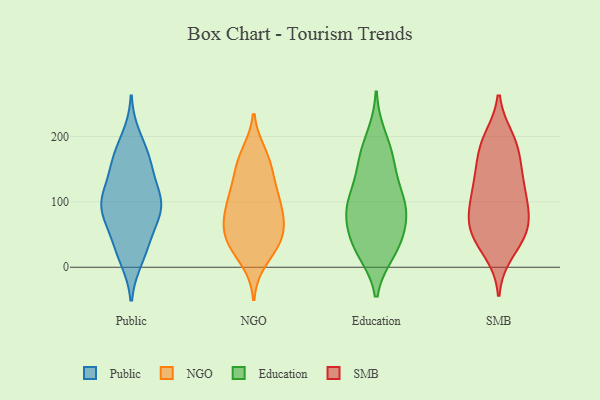
{"axis": {"x": "Latency (ms)", "y": "Value"}, "legend": ["Education", "NGO", "Public", "SMB"], "data": [{"x": "", "y": 14, "type": "Public"}, {"x": "", "y": 93, "type": "Public"}, {"x": "", "y": 198, "type": "Public"}, {"x": "", "y": 48, "type": "Public"}, {"x": "", "y": 106, "type": "Public"}, {"x": "", "y": 101, "type": "Public"}, {"x": "", "y": 87, "type": "Public"}, {"x": "", "y": 119, "type": "Public"}, {"x": "", "y": 157, "type": "Public"}, {"x": "", "y": 91, "type": "Public"}, {"x": "", "y": 163, "type": "Public"}, {"x": "", "y": 173, "type": "Public"}, {"x": "", "y": 76, "type": "Public"}, {"x": "", "y": 38, "type": "Public"}, {"x": "", "y": 151, "type": "Public"}, {"x": "", "y": 20, "type": "Public"}, {"x": "", "y": 95, "type": "Public"}, {"x": "", "y": 102, "type": "NGO"}, {"x": "", "y": 43, "type": "NGO"}, {"x": "", "y": 73, "type": "NGO"}, {"x": "", "y": 11, "type": "NGO"}, {"x": "", "y": 94, "type": "NGO"}, {"x": "", "y": 43, "type": "NGO"}, {"x": "", "y": 35, "type": "NGO"}, {"x": "", "y": 96, "type": "NGO"}, {"x": "", "y": 60, "type": "NGO"}, {"x": "", "y": 160, "type": "NGO"}, {"x": "", "y": 162, "type": "NGO"}, {"x": "", "y": 173, "type": "NGO"}, {"x": "", "y": 73, "type": "NGO"}, {"x": "", "y": 131, "type": "NGO"}, {"x": "", "y": 37, "type": "NGO"}, {"x": "", "y": 121, "type": "NGO"}, {"x": "", "y": 25, "type": "Education"}, {"x": "", "y": 87, "type": "Education"}, {"x": "", "y": 155, "type": "Education"}, {"x": "", "y": 33, "type": "Education"}, {"x": "", "y": 83, "type": "Education"}, {"x": "", "y": 87, "type": "Education"}, {"x": "", "y": 200, "type": "Education"}, {"x": "", "y": 165, "type": "Education"}, {"x": "", "y": 24, "type": "Education"}, {"x": "", "y": 99, "type": "Education"}, {"x": "", "y": 56, "type": "Education"}, {"x": "", "y": 104, "type": "Education"}, {"x": "", "y": 45, "type": "Education"}, {"x": "", "y": 168, "type": "Education"}, {"x": "", "y": 114, "type": "Education"}, {"x": "", "y": 139, "type": "SMB"}, {"x": "", "y": 175, "type": "SMB"}, {"x": "", "y": 23, "type": "SMB"}, {"x": "", "y": 148, "type": "SMB"}, {"x": "", "y": 54, "type": "SMB"}, {"x": "", "y": 101, "type": "SMB"}, {"x": "", "y": 69, "type": "SMB"}, {"x": "", "y": 50, "type": "SMB"}, {"x": "", "y": 72, "type": "SMB"}, {"x": "", "y": 131, "type": "SMB"}, {"x": "", "y": 120, "type": "SMB"}, {"x": "", "y": 57, "type": "SMB"}, {"x": "", "y": 99, "type": "SMB"}, {"x": "", "y": 37, "type": "SMB"}, {"x": "", "y": 196, "type": "SMB"}, {"x": "", "y": 186, "type": "SMB"}, {"x": "", "y": 89, "type": "SMB"}, {"x": "", "y": 193, "type": "SMB"}]}